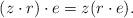
LaTeX: \begin{align*}(z\cdot r) \cdot e = z (r \cdot e) .\end{align*}